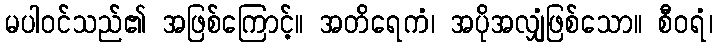
မပါဝင်သည်၏ အဖြစ်ကြောင့်။ အတိရေကံ၊ အပိုအလျှံဖြစ်သော။ စီဝရံ၊